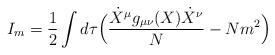
LaTeX: \begin{align*}I_m=\frac{1}{2}\int d\tau\Bigl ( \frac{\dot X^\mu g_{\mu\nu}(X)\dot X^\nu}{N}-N m^2\Bigr )\end{align*}